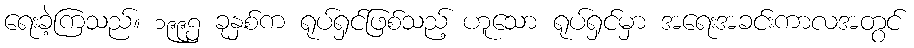
ရေးခဲ့ကြသည်။ ၁၉၉၅ ခုနှစ်က ရုပ်ရှင်ဖြစ်သည့် ဟူသော ရုပ်ရှင်မှာ အရေးအခင်းကာလအတွင်